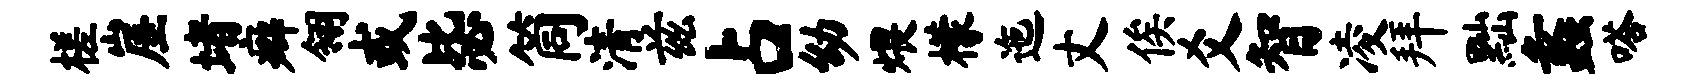
槎崖堵癖翎或毖筒清兹占幼煨檬迤丈俟爻智凌拜黜蠡嗒